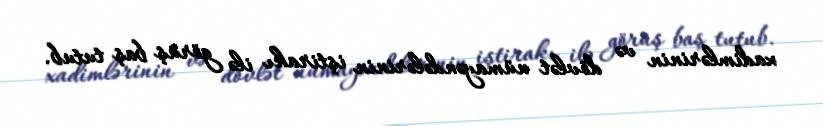
xadimlərinin və dövlət nümayəndələrinin iştirakı ilə görüş baş tutub.